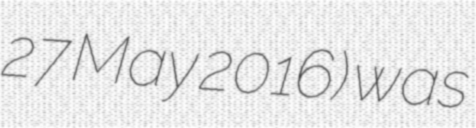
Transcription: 27 May 2016) was